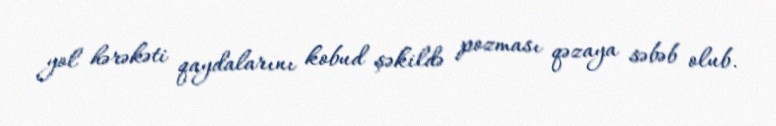
yol hərəkəti qaydalarını kobud şəkildə pozması qəzaya səbəb olub.